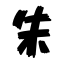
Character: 朱